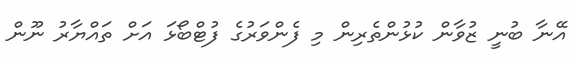
އޭނާ ބުނީ ޒުވާން ކުޅުންތެރިން މި ފެންވަރުގެ ފުޓްބޯޅަ އަށް ތައްޔާރު ނޫން